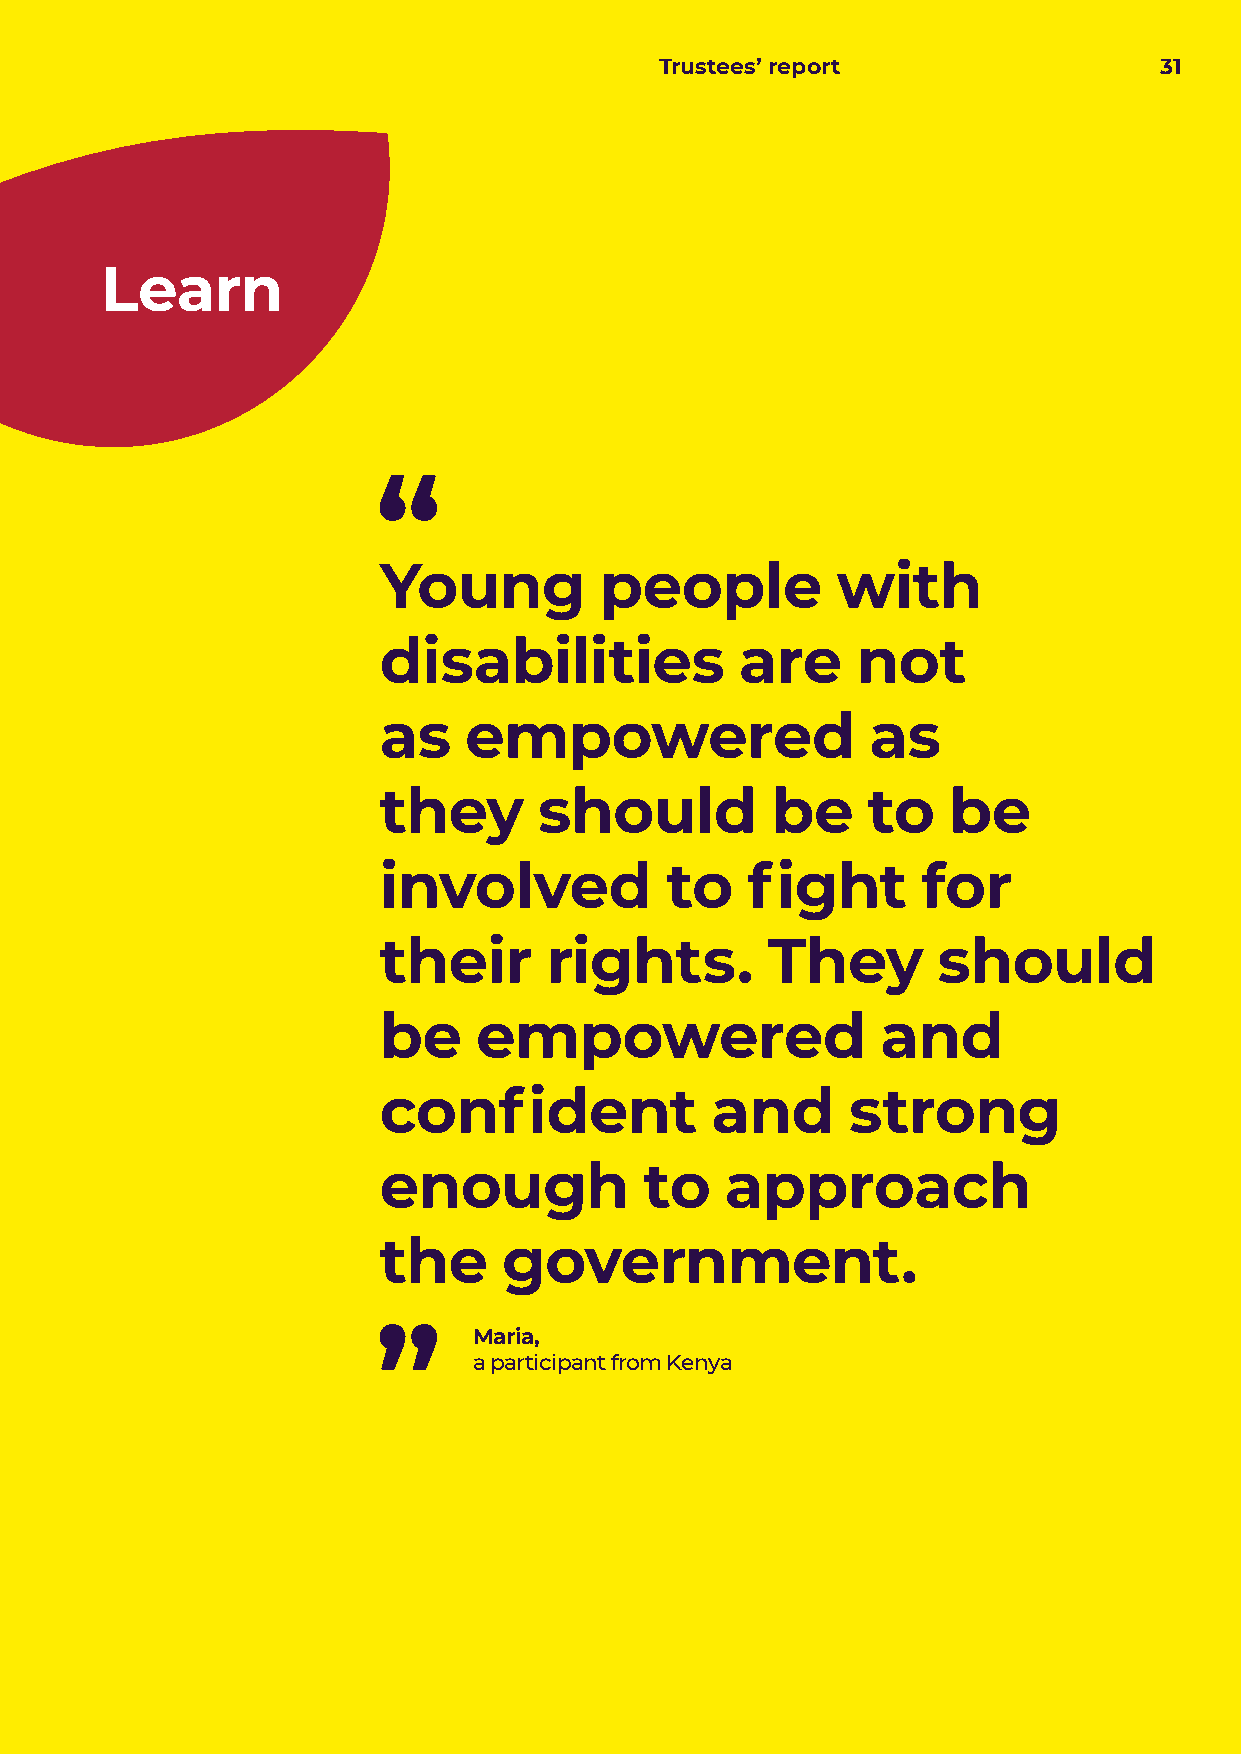
Trustees’ report                 31
 Learn
 Young          people         with
 disabilities            are     not
 as    empowered                  as
 they       should         be    to    be
 involved           to   fight       for
 their      rights.        They       should
 be     empowered                 and
 confident             and      strong
 enough            to   approach
 the     government.
 Maria,
 a participant from Kenya